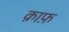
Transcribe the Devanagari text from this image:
क़ाफ़